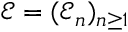
{ \mathcal E } = ( { \mathcal E _ { n } } ) _ { n \geq 1 }